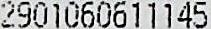
2901060611145